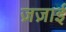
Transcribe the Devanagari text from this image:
ज़ज़ाई